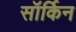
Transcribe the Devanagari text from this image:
सॉर्किन